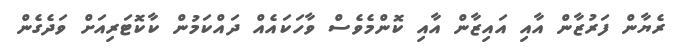
ރެޔާން ފަރުޒާން އާއި އައިޒާން އާއި ކޮންމެވެސް ވާހަކައެއް ދައްކަމުން ކާކޮޓަރިއަށް ވަދެގެން